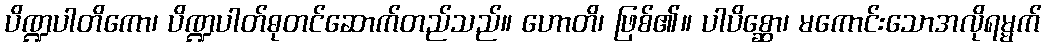
ပိဏ္ဍပါတိကော၊ ပိဏ္ဍပါတ်ဓုတင်ဆောက်တည်သည်။ ဟောတိ၊ ဖြစ်၏။ ပါပိစ္ဆော၊ မကောင်းသောအလိုရမ္မက်